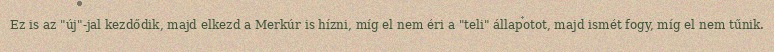
Ez is az "új"-jal kezdődik, majd elkezd a Merkúr is hízni, míg el nem éri a "teli" állapotot, majd ismét fogy, míg el nem tűnik.